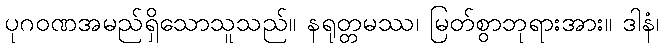
ပုဂဝဏအမည်ရှိသောသူသည်။ နရုတ္တမဿ၊ မြတ်စွာဘုရားအား။ ဒါနံ၊